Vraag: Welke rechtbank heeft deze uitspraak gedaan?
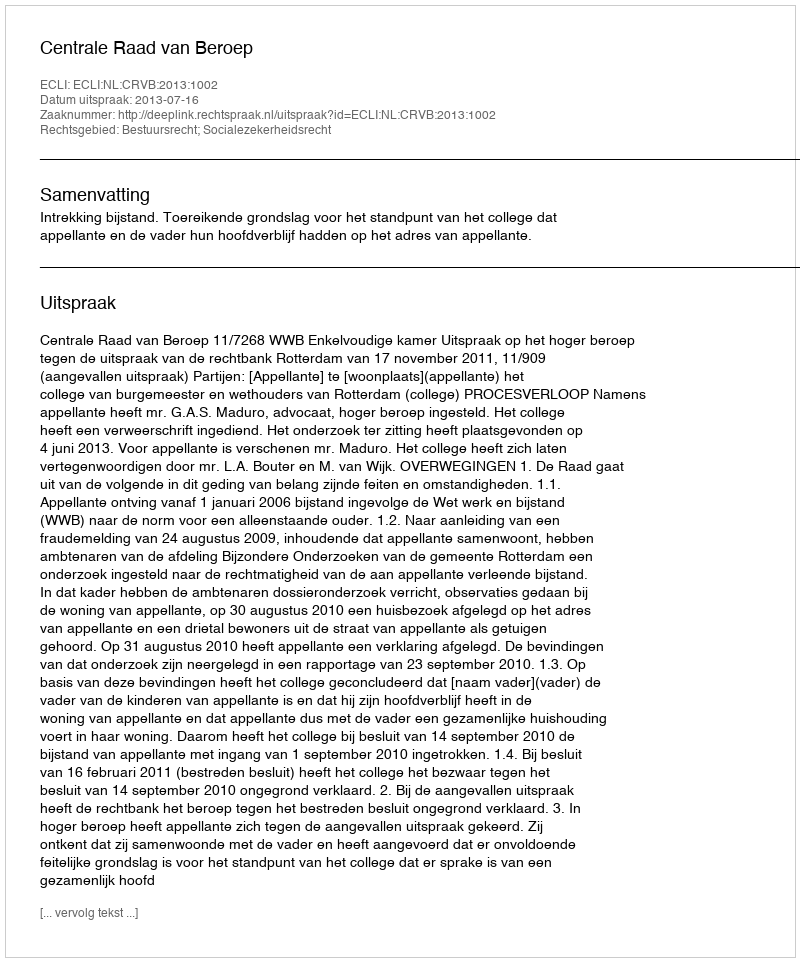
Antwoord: Centrale Raad van Beroep